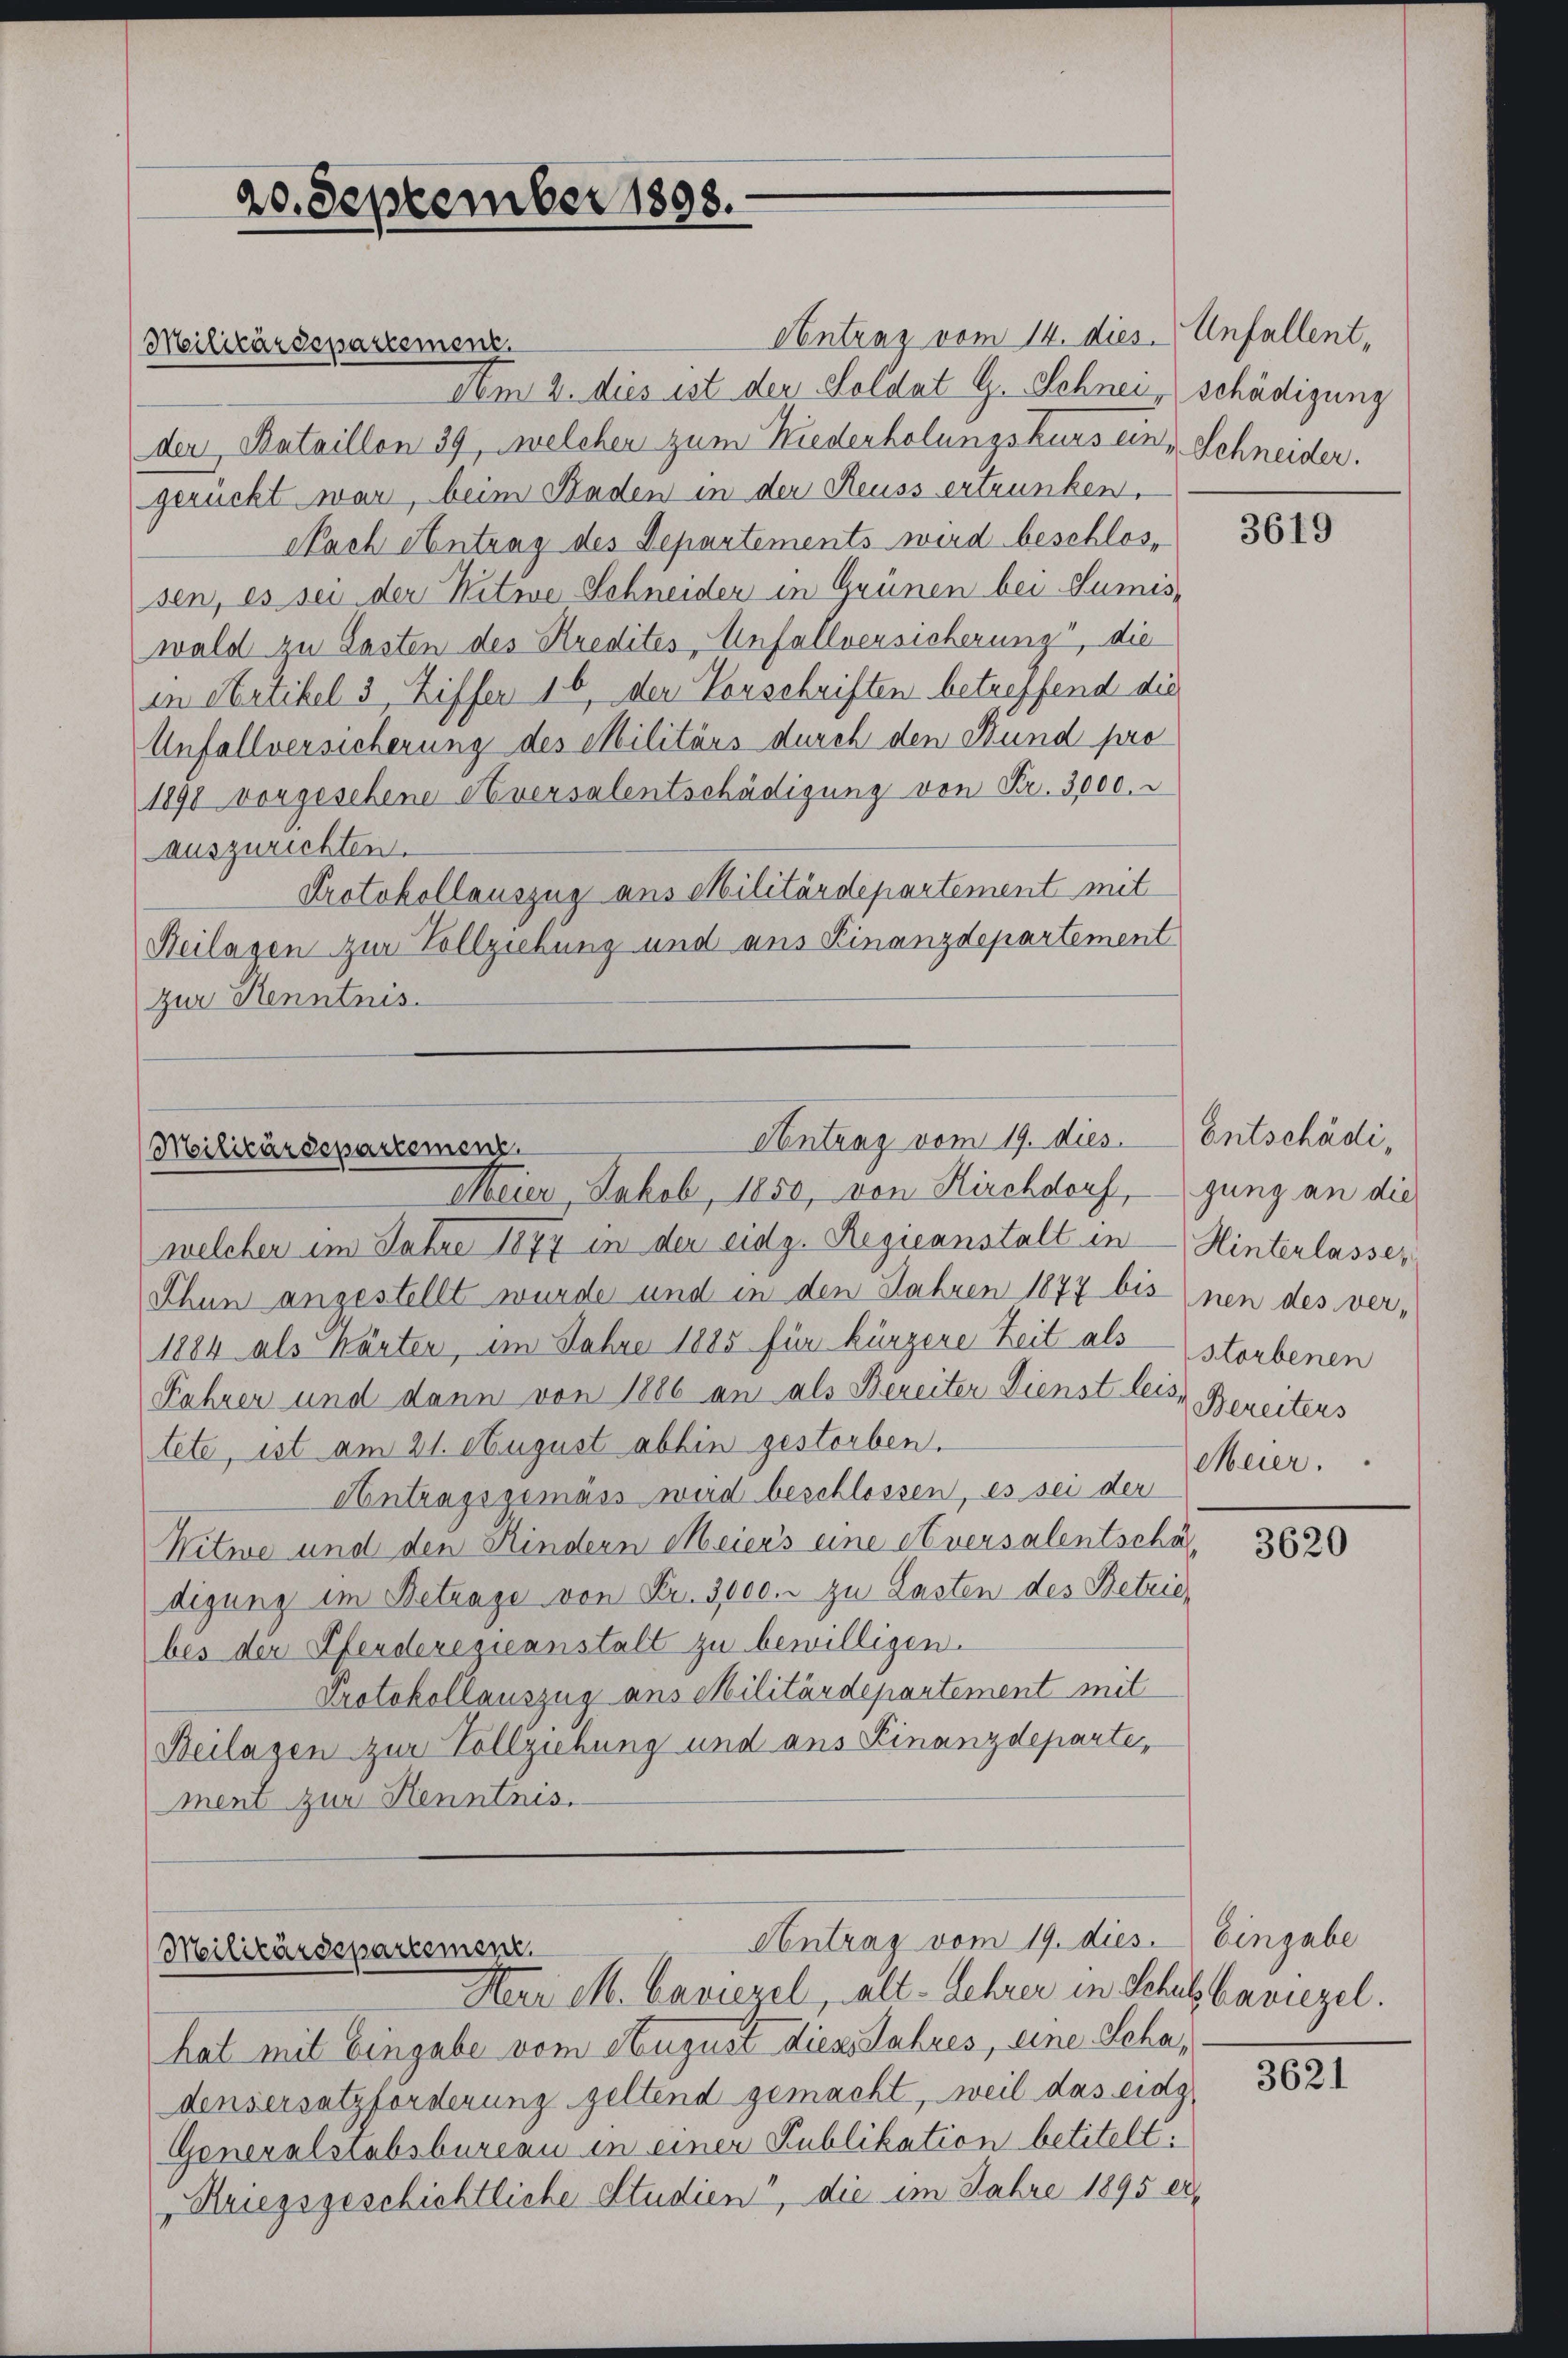
Contrag vom 14. dies
Militärdepartement.
Am 2. dies ist der Soldat G. Schnei, schädigung
der Bataillon 39, welchen zum Niederholungskurs eingerückt war, beim Baden in der Reuss ertrunken,
Nach Antrag des Departements wird beschlossen, es sei der Witwe Schneider in Grünen bei Lumis-
wald zu Lasten des Kredites Unfallversicherung, die
in Artikel 3 Ziffer 16 der Vorschriften betreffend die
Unfallversicherung des Militärs durch den Stund pro
1891 vorgesehene Aversalentschädigung von Fr. 3000.
auszurichten.
Protokollauszug aus Militärdepartement mit
Beilagen zur Vollziehung und aus Finanzdepartement
zur Kenntnis.

20. September 1898.

Contrag vom 19. dies
Militärdepartemenz

Meier, Jakob, 1850, von Kirchdorf, gung an die
welcher im Jahre 1877 in der eidg. Regieanstalt in Hinterlasser
Thun angestellt wurde und in den Jahren 1877 bis inen des ver¬
1884 als Kärten, im Jahre 1885 für kürzere Zeit als storbenen
Fahrer und dann von 1886 an als Bereiter Dienst leis, Bereiters
tete, ist am 21. August abhin gestorben.
Antragsgemäss wird beschlossen, es sei der
Kitwe und den Kindern Meiers eine Aversalentscha
digung im Betrage von Fr. 3000. zu Lasten des Betrie,
bes der Pferderegieanstalt zu bewilligen.
Protokollauszug aus Militärdepartement mit
Beilagen zur Vollziehung und ans Finanzdepartement zur Henntnis.

Militärdepartement
Herr M. bewiesel, alt- Lehrer in Schulbawiegel.

Contrag vom 19. dies. Eingabe

hat mit Eingabe vom August dies Jahres, eine Schadensersatzforderung geltend gemacht, weil das eidg
Generalstabsbureau in einer Publikation betitelt:
Kriegsgeschichtliche Studien“, die im Jahre 1895 ei

Unfallent,
Schneider.

3619

Entschädi¬
Meier.

3620

3621